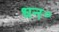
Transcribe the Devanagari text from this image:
धन॰